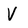
Character: V